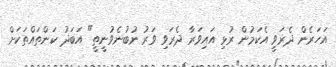
އަހަރެން ދެރަވީ އެކަމުން ރުޅި އައިވަރާ ދެރަވި ވަރު ނުބުނެވުނީތީ" އަބަދު ކަންތައްތަކަށް